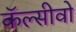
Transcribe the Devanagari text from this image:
कॅल्सीवो